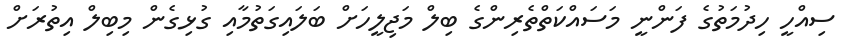
ސިއްހީ ހިދުމަތުގެ ފަންނީ މަސައްކަތްތެރިންގެ ބިލް މަޖިލީހަށް ބަލައިގަތުމާއި ގުޅިގެން މިބިލް އިތުރަށް